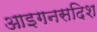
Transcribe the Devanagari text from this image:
आइगनसदिश